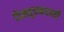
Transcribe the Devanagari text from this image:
दिक्सूचकधानी